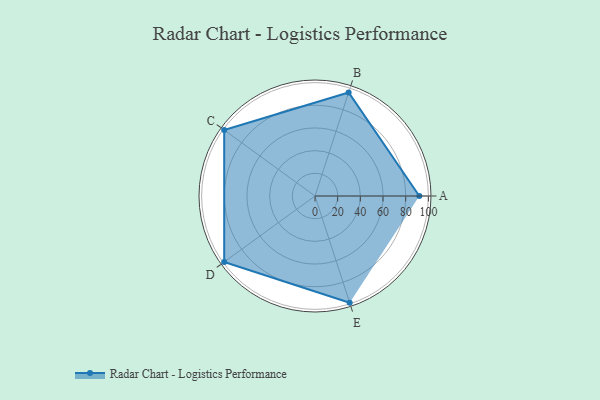
{"axis": {"x": "Skill", "y": "Score"}, "legend": ["Profile"], "data": [{"x": "A", "y": 92.0, "type": "Profile"}, {"x": "B", "y": 96.0, "type": "Profile"}, {"x": "C", "y": 99.0, "type": "Profile"}, {"x": "D", "y": 99, "type": "Profile"}, {"x": "E", "y": 99, "type": "Profile"}]}